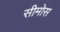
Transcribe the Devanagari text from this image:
सीमोस